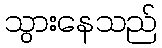
သွားနေသည်